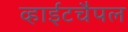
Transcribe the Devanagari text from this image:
व्हाईटचैपल